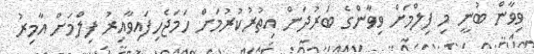
ވިވާން ބުނީ މި ފިލްމަށް ވިވާންގެ ބަރުދަން އިތުރުކުރުމަށް ހަމަޖެހިފައިވާއިރު ފިލްމަށް އާމިރު